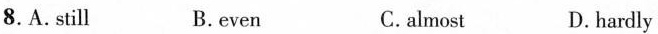
8.A.Still B.even C.almost D.hardly